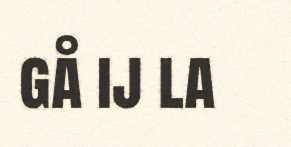
gå ij la